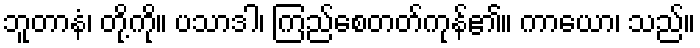
ဘူတာနံ၊ တို့ကို။ ပသာဒါ၊ ကြည်စေတတ်ကုန်၏။ ကာယော၊ သည်။